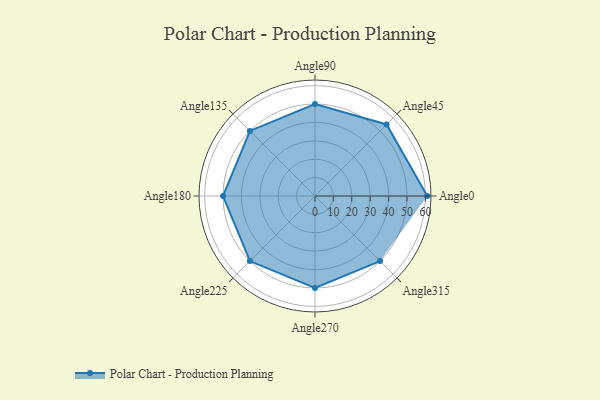
{"axis": {"x": "Angle", "y": "Radius"}, "legend": [""], "data": [{"x": "Angle0", "y": 61.0, "type": ""}, {"x": "Angle45", "y": 55.0, "type": ""}, {"x": "Angle90", "y": 50, "type": ""}, {"x": "Angle135", "y": 50, "type": ""}, {"x": "Angle180", "y": 50, "type": ""}, {"x": "Angle225", "y": 50, "type": ""}, {"x": "Angle270", "y": 50, "type": ""}, {"x": "Angle315", "y": 50, "type": ""}]}